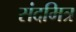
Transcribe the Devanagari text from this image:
संदमित्र